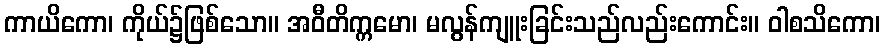
ကာယိကော၊ ကိုယ်၌ဖြစ်သော။ အဝီတိက္ကမော၊ မလွန်ကျူးခြင်းသည်လည်းကောင်း။ ဝါစသိကော၊